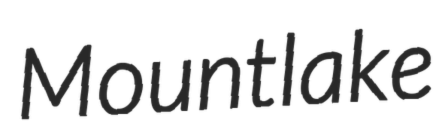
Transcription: Mountlake